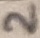
Text: 2